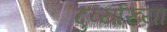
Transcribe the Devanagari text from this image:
दुर्व्याख्या